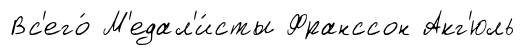
Вс'его́ М'едал'и́сты Франссон Акг'юль